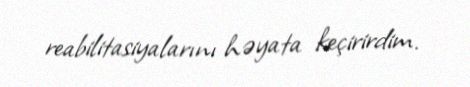
reabilitasiyalarını həyata keçirirdim.